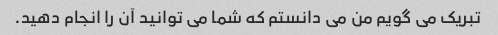
تبریک می گویم من می دانستم که شما می توانید آن را انجام دهید.